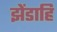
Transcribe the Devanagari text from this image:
झेंडाहि